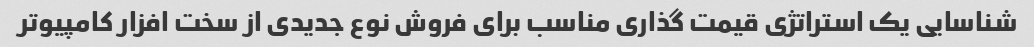
شناسایی یک استراتژی قیمت گذاری مناسب برای فروش نوع جدیدی از سخت افزار کامپیوتر